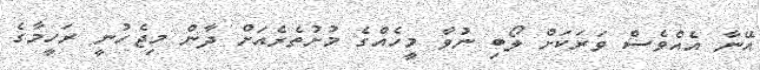
އޭނާ އެއްވެސް ވަރަކަށް ލޯބި ނުވާ މީހެއްގެ މުށުތެރެއަށް ދާން މިޖެހުނީ ރަހީމާގެ